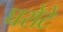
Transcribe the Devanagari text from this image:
घरोटे